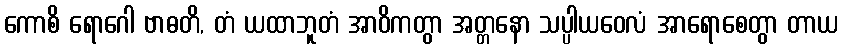
ကောစိ ရောဂေါ ဗာဓတိ, တံ ယထာဘူတံ အာဝိကတွာ အတ္တနော သပ္ပါယဝေလံ အာရောစေတွာ တာယ